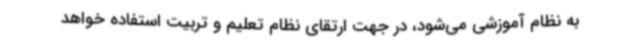
به نظام آموزشی می‌شود، در جهت ارتقای نظام تعلیم و تربیت استفاده خواهد